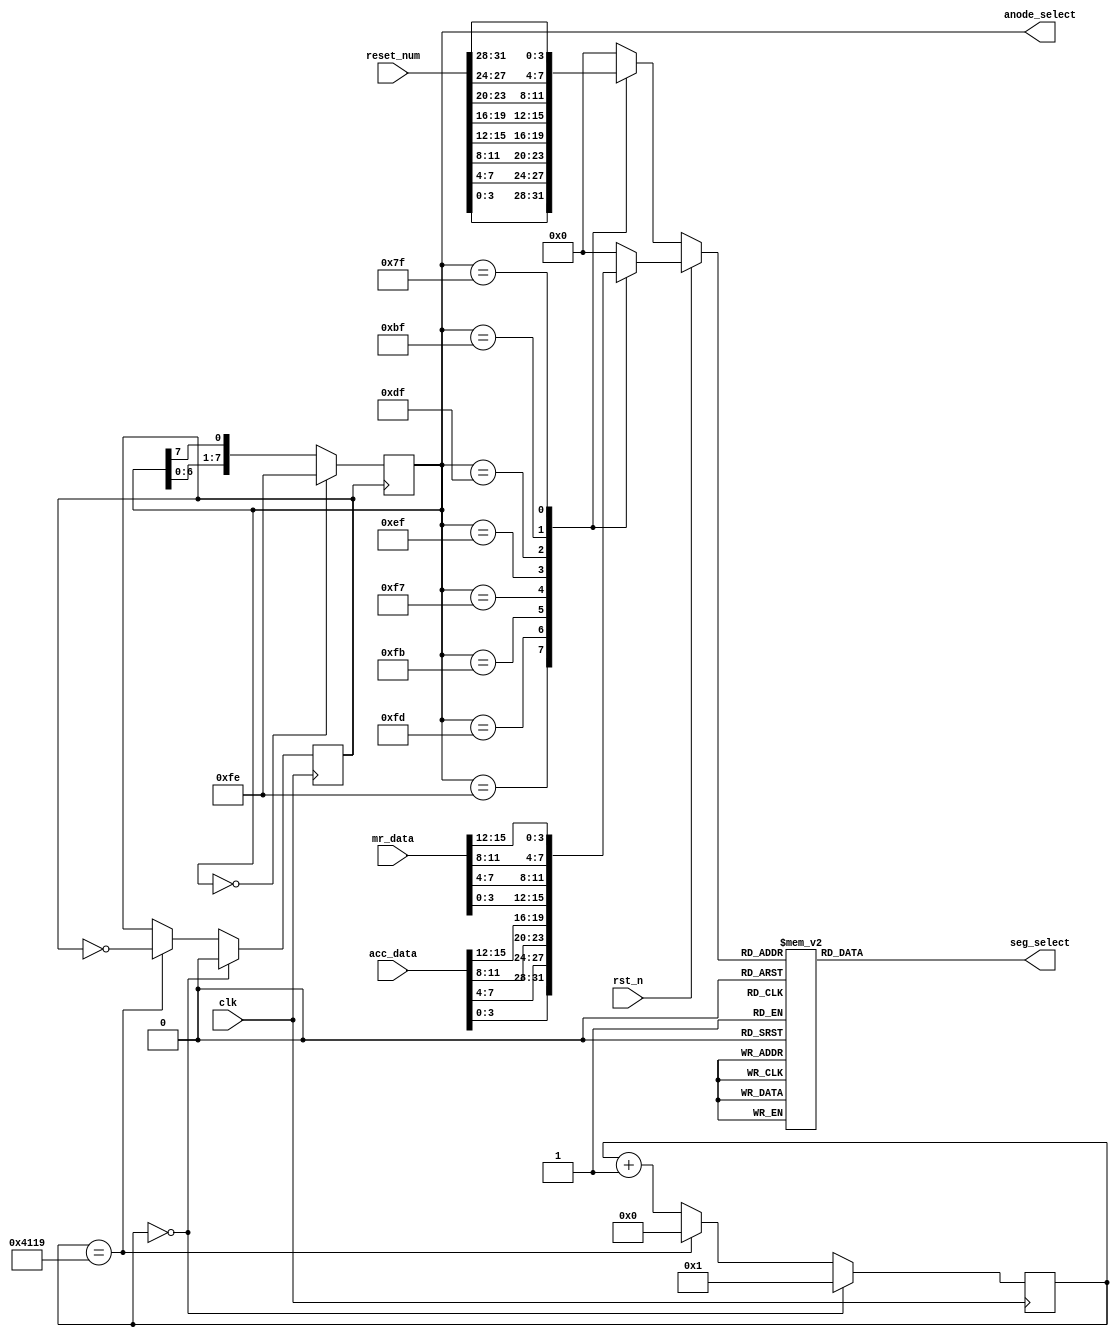
module Seg_Display (
    input         clk,
    input         rst_n,
    input  [15:0] acc_data,      //ACC,
    input  [15:0] mr_data,       //MR,
    input  [31:0] reset_num,     //,
    output [ 7:0] anode_select,  //,
    output [ 6:0] seg_select     //,
);
    reg [7:0] anode_select_reg;
    reg [6:0] seg_select_reg;
    assign anode_select = anode_select_reg;
    assign seg_select   = seg_select_reg;
    parameter sys_clk_freq = 32'd10_000_000;  //,Hz
    parameter refresh_freq = 32'd75;  //,Hz,75Hz,13.33ms
    reg [31:0] cnt_max = sys_clk_freq / (8 * refresh_freq);  //
    reg [31:0] cnt;
    reg        clk_refresh;  //
    //,
    always @(posedge clk) begin
        if (cnt == 32'd0) begin
            cnt         <= 32'd1;
            clk_refresh <= 1'b0;
        end else begin
            if (cnt == cnt_max - 1) begin
                cnt         <= 32'd0;
                clk_refresh <= ~clk_refresh;
            end else begin
                cnt         <= cnt + 32'd1;
                clk_refresh <= clk_refresh;
            end
        end
    end
    //,
    always @(posedge clk_refresh) begin
        if (anode_select_reg == 8'b0000_0000) anode_select_reg <= 8'b1111_1110;
        else anode_select_reg <= {anode_select_reg[6:0], anode_select_reg[7]};
    end
    reg [3:0] current_digit;  //
    always @(*) begin
        if (!rst_n) begin  //
            case (anode_select_reg)
                8'b1111_1110: current_digit <= reset_num[3:0];
                8'b1111_1101: current_digit <= reset_num[7:4];
                8'b1111_1011: current_digit <= reset_num[11:8];
                8'b1111_0111: current_digit <= reset_num[15:12];
                8'b1110_1111: current_digit <= reset_num[19:16];
                8'b1101_1111: current_digit <= reset_num[23:20];
                8'b1011_1111: current_digit <= reset_num[27:24];
                8'b0111_1111: current_digit <= reset_num[31:28];
                default: current_digit <= 4'b0000;
            endcase
        end 
        else begin  //ACCMR
            case (anode_select_reg)
                8'b1111_1110: current_digit <= acc_data[3:0];
                8'b1111_1101: current_digit <= acc_data[7:4];
                8'b1111_1011: current_digit <= acc_data[11:8];
                8'b1111_0111: current_digit <= acc_data[15:12];
                8'b1110_1111: current_digit <= mr_data[3:0];
                8'b1101_1111: current_digit <= mr_data[7:4];
                8'b1011_1111: current_digit <= mr_data[11:8];
                8'b0111_1111: current_digit <= mr_data[15:12];
                default: current_digit <= 4'b0000;
            endcase
        end
    end
    always @(*) begin  //0~F
        case (current_digit)
            4'd0: seg_select_reg <= 7'b0000001;
            4'd1: seg_select_reg <= 7'b1001111;
            4'd2: seg_select_reg <= 7'b0010010;
            4'd3: seg_select_reg <= 7'b0000110;
            4'd4: seg_select_reg <= 7'b1001100;
            4'd5: seg_select_reg <= 7'b0100100;
            4'd6: seg_select_reg <= 7'b0100000;
            4'd7: seg_select_reg <= 7'b0001111;
            4'd8: seg_select_reg <= 7'b0000000;
            4'd9: seg_select_reg <= 7'b0000100;
            4'd10: seg_select_reg <= 7'b0001000;
            4'd11: seg_select_reg <= 7'b1100000;
            4'd12: seg_select_reg <= 7'b0110001;
            4'd13: seg_select_reg <= 7'b1000010;
            4'd14: seg_select_reg <= 7'b0110000;
            4'd15: seg_select_reg <= 7'b0111000;
            default: seg_select_reg <= 7'b0000001;
        endcase
    end
endmodule